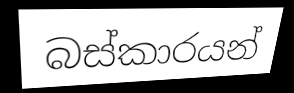
බස්කාරයන්